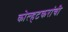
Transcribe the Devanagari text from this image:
कोल्हटकरांची